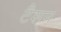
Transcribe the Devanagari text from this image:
टैशन